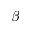
\beta